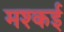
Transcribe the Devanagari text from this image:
मश्कई